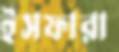
ইসফারা